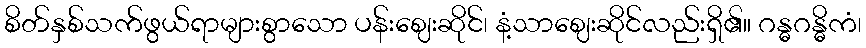
စိတ်နှစ်သက်ဖွယ်ရာများစွာသော ပန်းဈေးဆိုင်၊ နံ့သာဈေးဆိုင်လည်းရှိ၏။ ဂန္ဓဂန္ဓိကံ၊